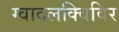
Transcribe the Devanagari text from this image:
ग्वादलक्विविर